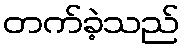
တက်ခဲ့သည်